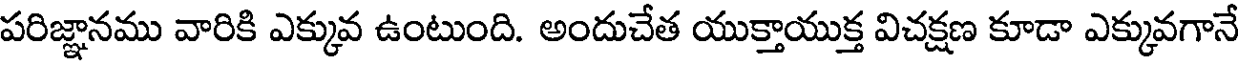
పరిజ్ఞానము వారికి ఎక్కువ ఉంటుంది. అందుచేత యుక్తాయుక్త విచక్షణ కూడా ఎక్కువగానే